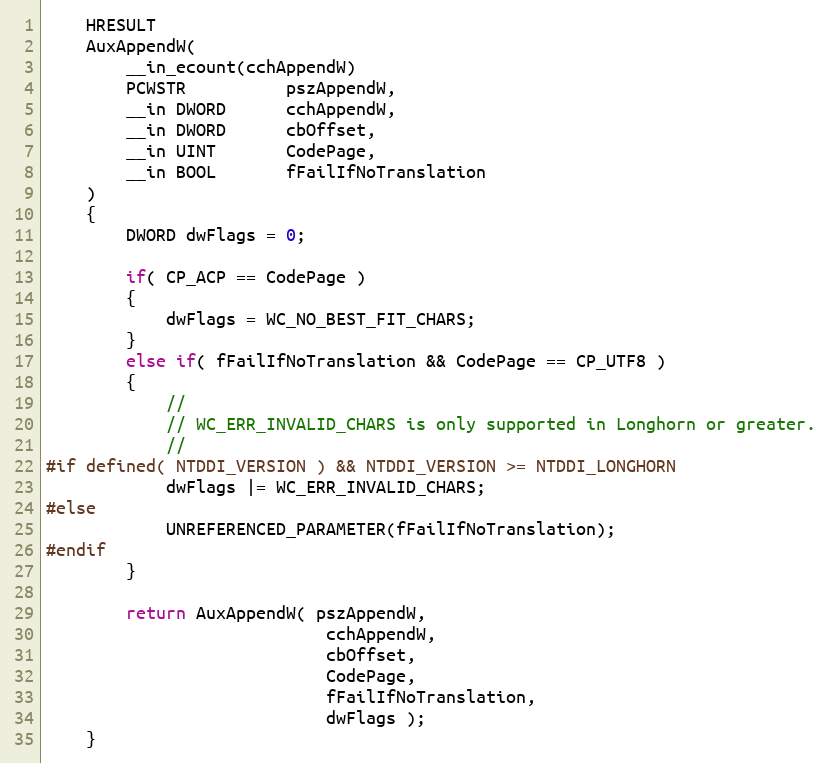
Language: C
    HRESULT
    AuxAppendW(
        __in_ecount(cchAppendW)
        PCWSTR          pszAppendW,
        __in DWORD      cchAppendW,
        __in DWORD      cbOffset,
        __in UINT       CodePage,
        __in BOOL       fFailIfNoTranslation
    )
    {
        DWORD dwFlags = 0;

        if( CP_ACP == CodePage )
        {
            dwFlags = WC_NO_BEST_FIT_CHARS;
        }
        else if( fFailIfNoTranslation && CodePage == CP_UTF8 )
        {
            //
            // WC_ERR_INVALID_CHARS is only supported in Longhorn or greater.
            //
#if defined( NTDDI_VERSION ) && NTDDI_VERSION >= NTDDI_LONGHORN
            dwFlags |= WC_ERR_INVALID_CHARS;
#else
            UNREFERENCED_PARAMETER(fFailIfNoTranslation);
#endif
        }

        return AuxAppendW( pszAppendW,
                            cchAppendW,
                            cbOffset,
                            CodePage,
                            fFailIfNoTranslation,
                            dwFlags );
    }